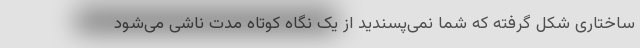
ساختاری شکل گرفته که شما نمی‌پسندید از یک نگاه کوتاه مدت ناشی می‌شود